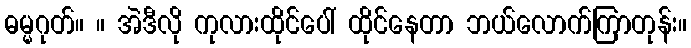
ဓမ္မဂုတ်။ ။ အဲဒီလို ကုလားထိုင်ပေါ် ထိုင်နေတာ ဘယ်လောက်ကြာတုန်း။